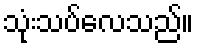
သုံးသပ်လေသည်။